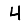
Digit: 4